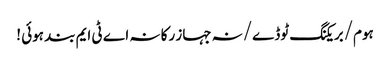
ہوم/بریکنگ ٹوڈے/نہ جہاز رکا نہ اے ٹی ایم بند ہوئی !